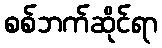
စစ်ဘက်ဆိုင်ရာ